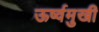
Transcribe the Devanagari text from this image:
ऊर्ष्वमुखी